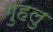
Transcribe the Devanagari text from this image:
गुहलु